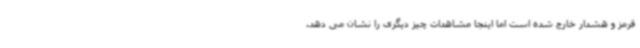
قرمز و هشدار خارج شده است اما اینجا مشاهدات چیز دیگری را نشان می دهد.